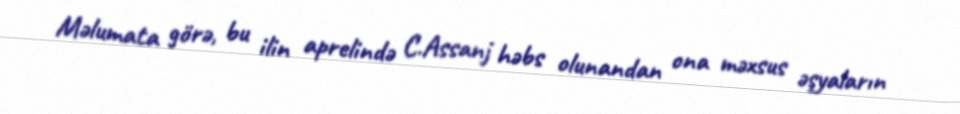
Məlumata görə, bu ilin aprelində C.Assanj həbs olunandan ona məxsus əşyaların